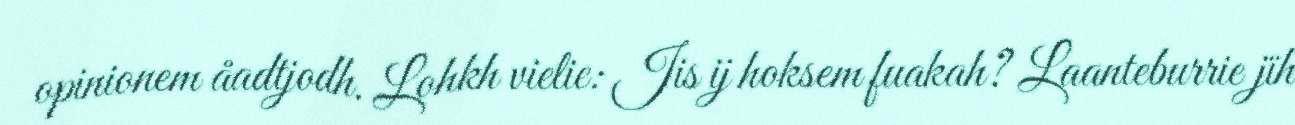
opinionem åadtjodh. Lohkh vielie: Jis ij hoksem fuakah? Laanteburrie jïh